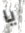
يا